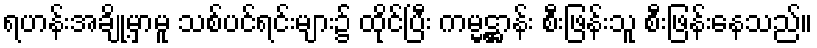
ရဟန်းအချို့မှာမူ သစ်ပင်ရင်းများ၌ ထိုင်ပြီး ကမ္မဋ္ဌာန်း စီးဖြန်းသူ စီးဖြန်းနေသည်။